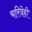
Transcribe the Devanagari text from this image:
चरित्रेही